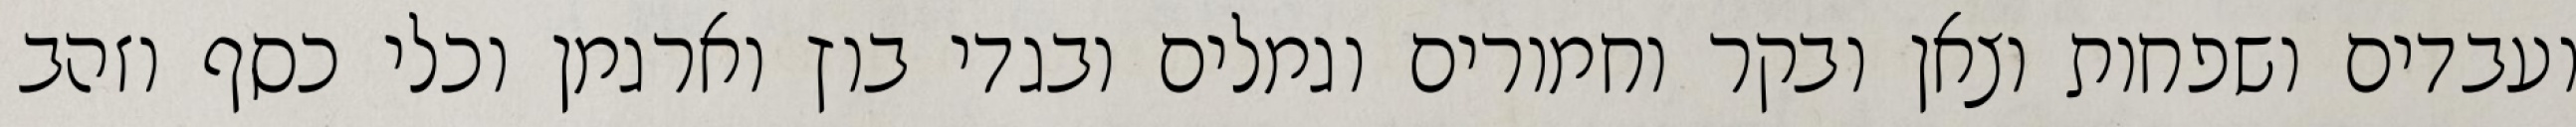
ועבדים ושפחות וצאן ובקר וחמורים וגמלים ובגדי בוץ וארגמן וכלי כסף וזהב